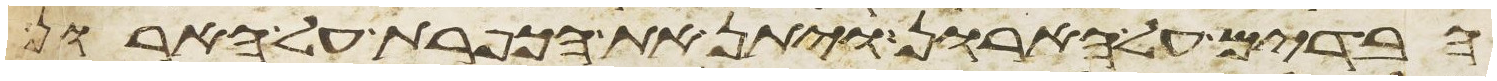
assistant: הבדים על הארון ויתן את הכפרת על הארון